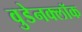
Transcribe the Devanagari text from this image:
वुडेनक्लॉक